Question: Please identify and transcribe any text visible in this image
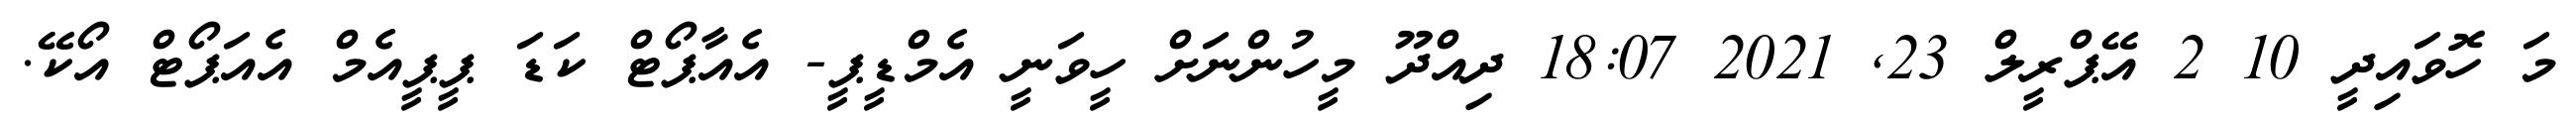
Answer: މަ ހޮވައިދީ 10 2 އޭޕްރީލް 23, 2021 18:07 ދިއްދޫ މީހުންނަށް ހީވަނީ އެމްޑީޕީ- އެއާޕޯޓް ކަޑަ ޕީޕީއެމް އެއަޕޯޓް އޯކޭ.